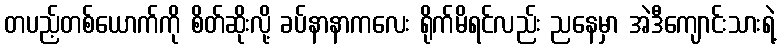
တပည့်တစ်ယောက်ကို စိတ်ဆိုးလို့ ခပ်နာနာကလေး ရိုက်မိရင်လည်း ညနေမှာ အဲဒီကျောင်းသားရဲ့